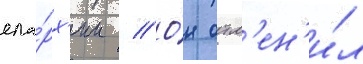
епа́рх'ии // О́н отм'ен'и́л